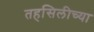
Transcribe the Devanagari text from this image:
तहसिलीच्या